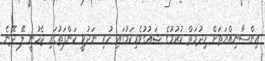
އިންސާނިއްޔަތަށް ހިދުމަތް ކުރުމުގެ ޝައުގުވެރިކަމުގައި ހުރި ނަދުވީ ކަންފަތުގައި ޖެހުނީ ލޭ ދޭނެ